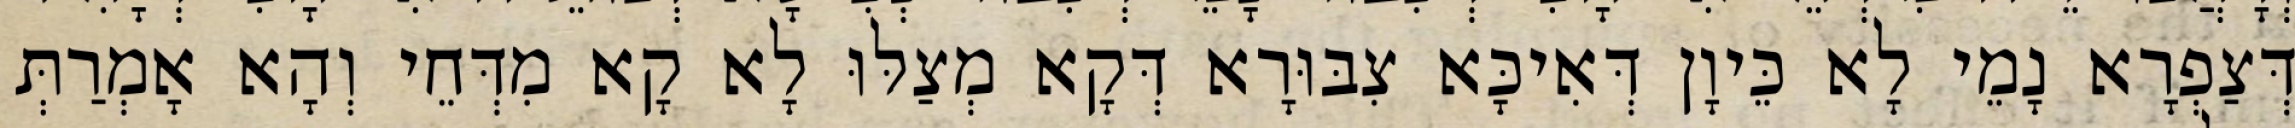
דְּצַפְרָא נָמֵי לָא כֵּיוָן דְּאִיכָּא צִבּוּרָא דְּקָא מְצַלּוּ לָא קָא מִדְּחֵי וְהָא אָמְרַתְּ